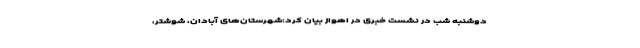
دوشنبه شب در نشست خبری در اهواز بیان کرد:شهرستان‌های آبادان، شوشتر،